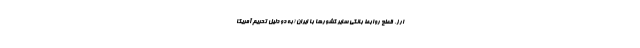
ارز، قطع روابط بانکی سایر کشورها با ایران (به دو دلیل تحریم آمریکا